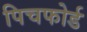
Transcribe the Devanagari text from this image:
पिचफोर्ड